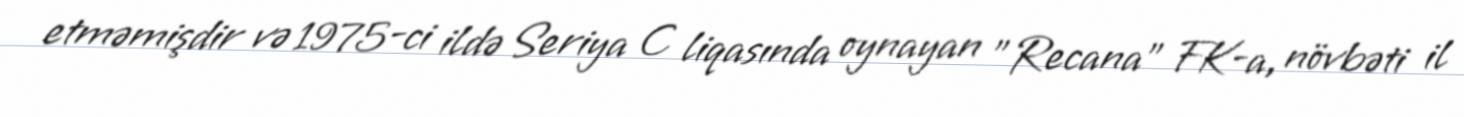
etməmişdir və 1975-ci ildə Seriya C liqasında oynayan "Recana" FK-a, növbəti il